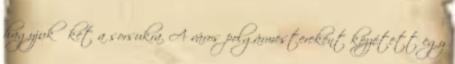
hagyjuk őket a sorsukra. A város polgármestereként közzétett egy